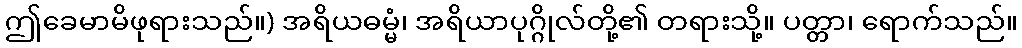
ဤခေမာမိဖုရားသည်။) အရိယဓမ္မံ၊ အရိယာပုဂ္ဂိုလ်တို့၏ တရားသို့။ ပတ္တာ၊ ရောက်သည်။